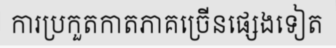
ការប្រកួតកាតភាគច្រើនផ្សេងទៀត